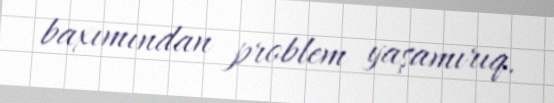
baxımından problem yaşamırıq.